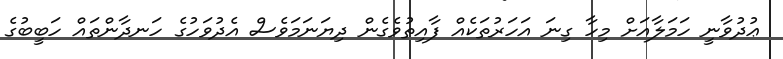
ޢުދުވާނީ ހަމަލާއަށް މިހާ ގިނަ އަހަރުތަކެއް ފާއިތުވެގެން ދިޔަނަމަވެސް އެދުވަހުގެ ހަނދާންތައް ހަބީބުގެ